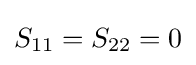
S_{11}=S_{22}=0